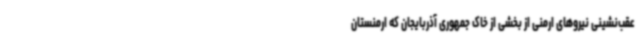
عقب‌نشینی نیروهای ارمنی از بخشی از خاک جمهوری آذربایجان که ارمنستان